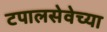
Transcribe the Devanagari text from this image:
टपालसेवेच्या